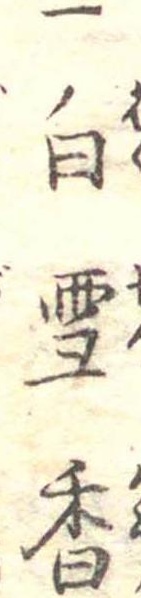
一白雪香